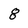
Character: 8